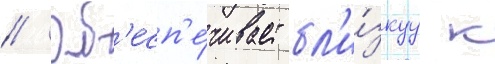
// Об'есп'е́чивает бл'и́зкуу к